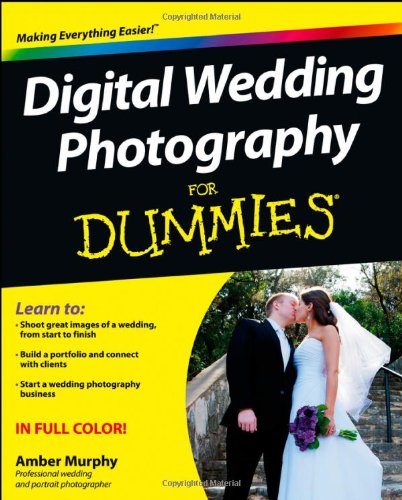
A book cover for Digital Wedding Photography For Dummies; Amber Murphy; Crafts, Hobbies & Home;